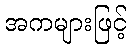
အကများဖြင့်